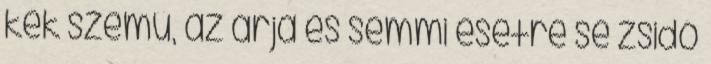
kék szemű, az árja és semmi esetre se zsidó